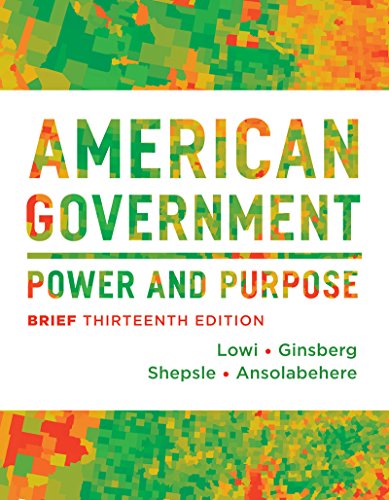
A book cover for American Government: Power and Purpose (Brief Thirteenth Edition); Theodore J. Lowi; Politics & Social Sciences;